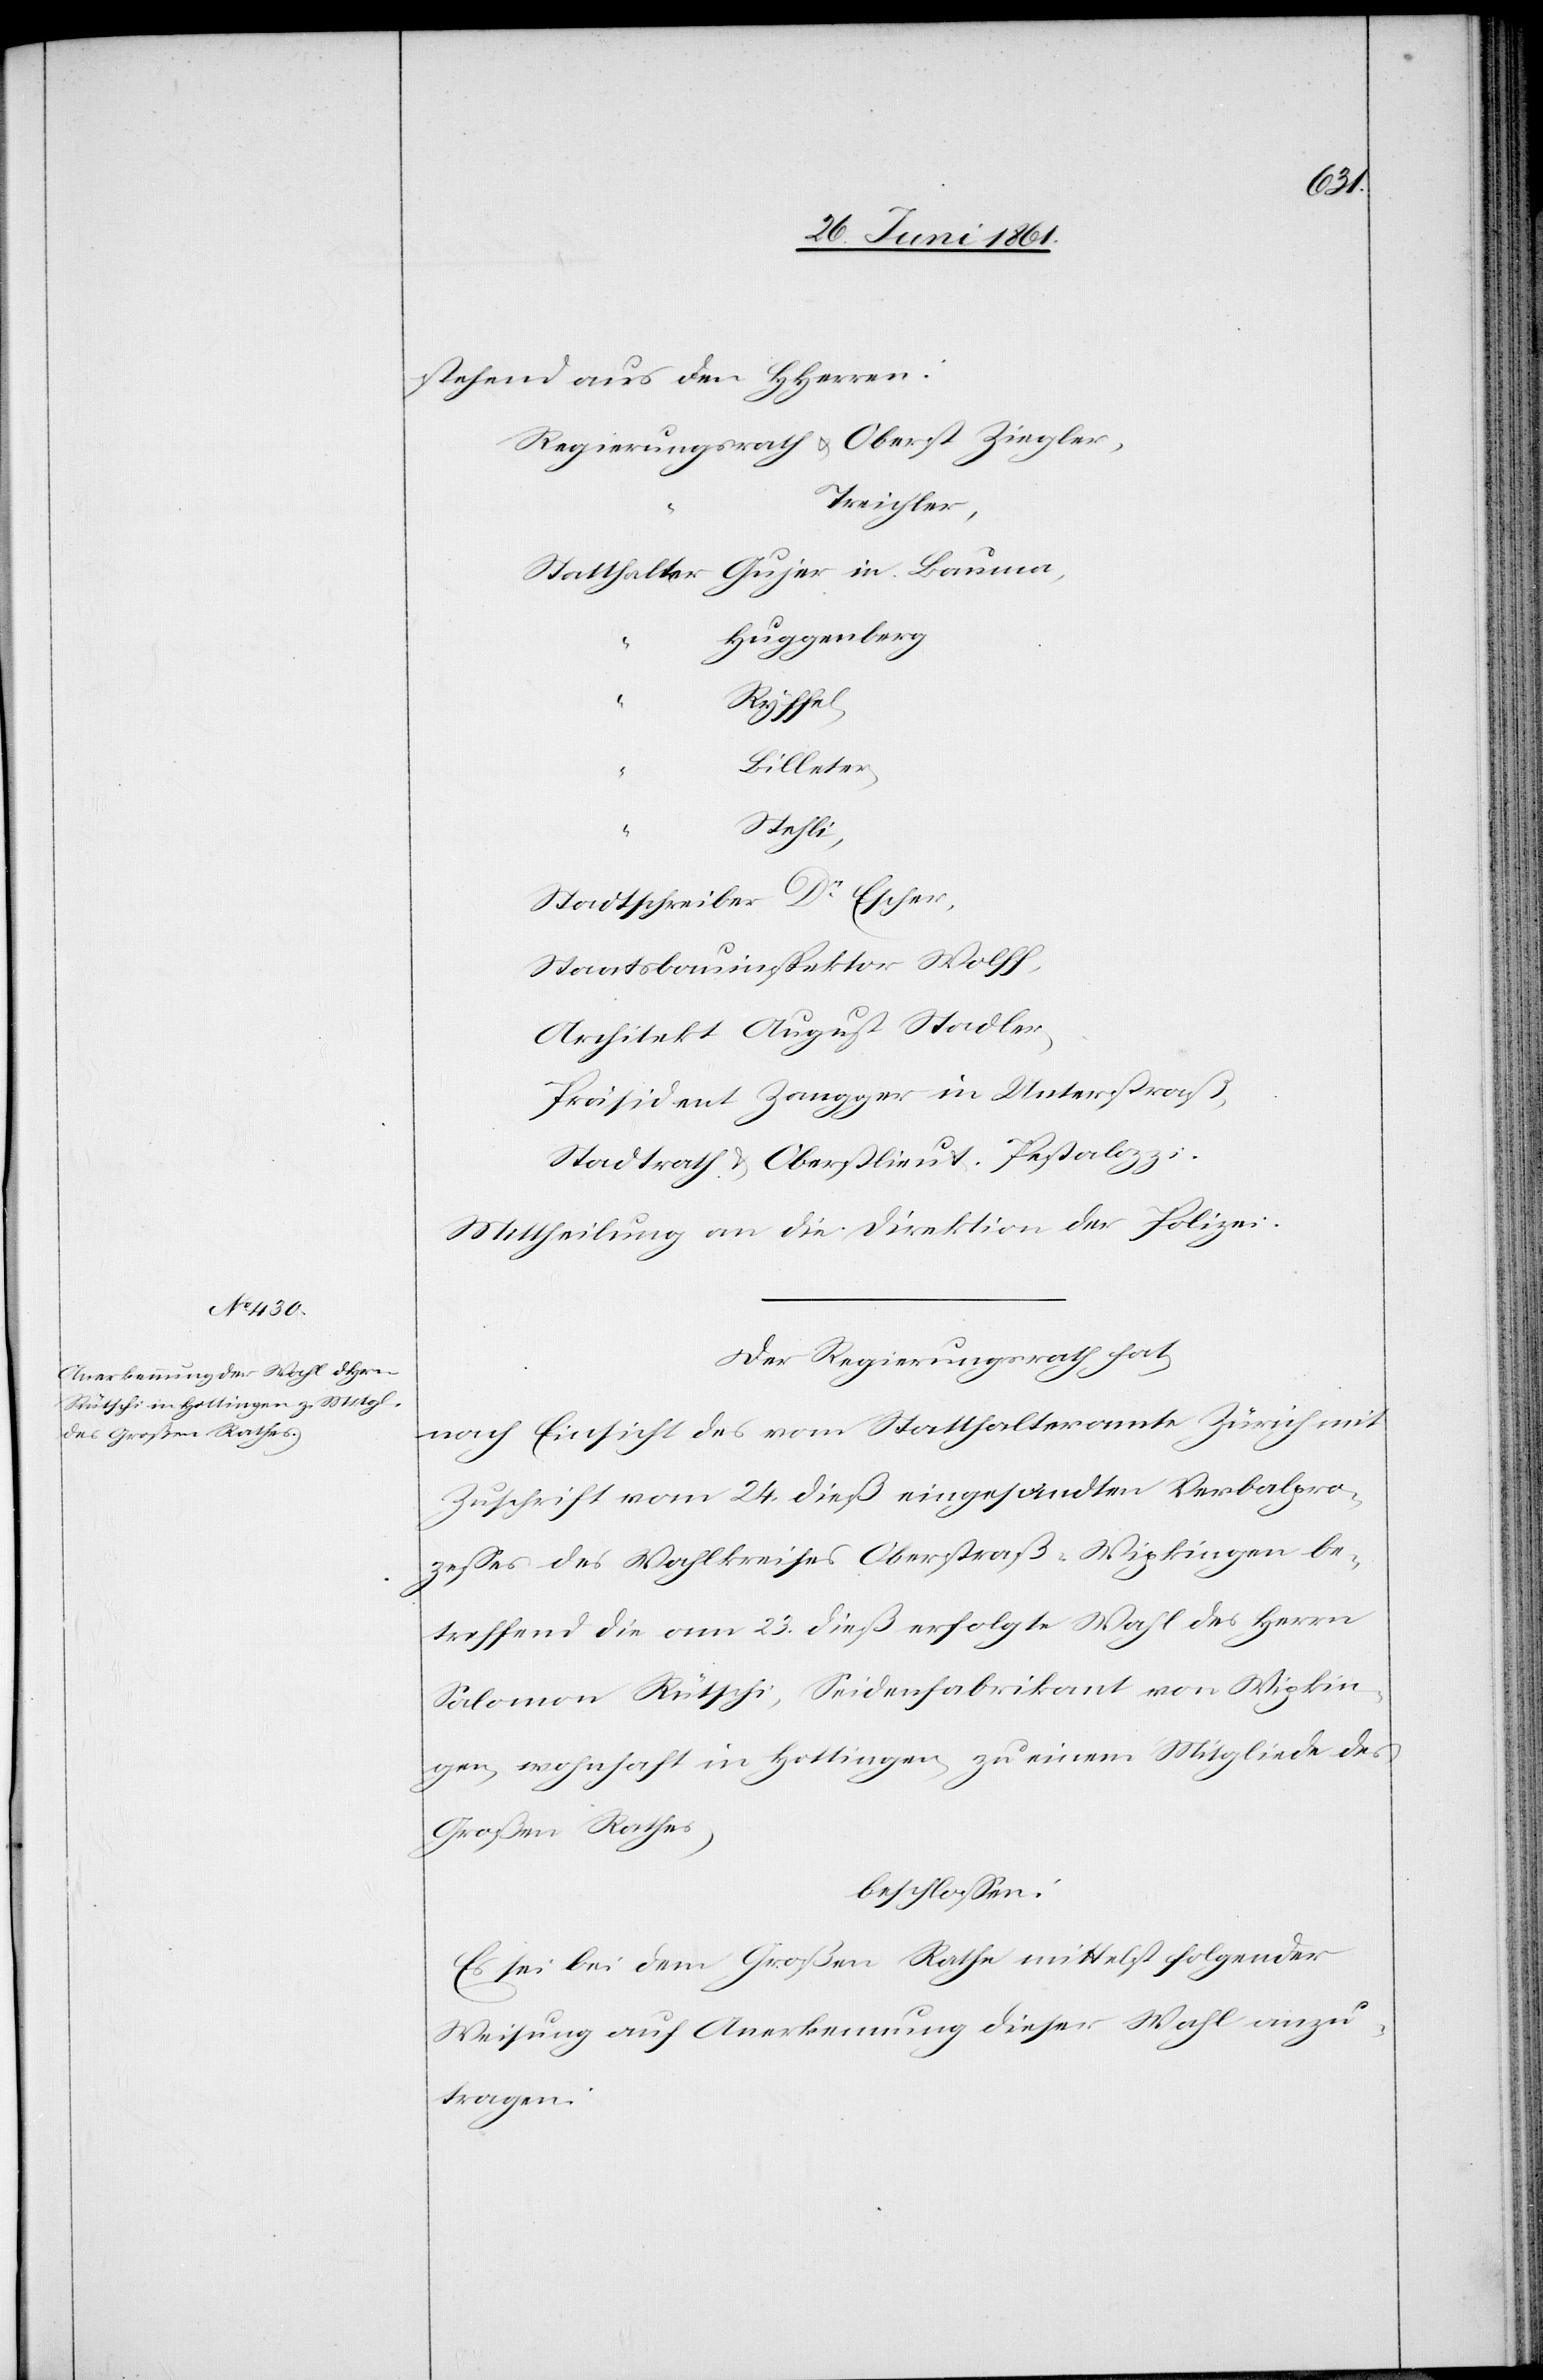
stehend aus den HHerren:
Treichler
Huggenberg
Ryffel,
Billeter,
u.
Stehli
Stadtschreiber Dr. Escher,
Staatsbauinspektor Wolff,
Architekt August Stadler,
Präsident Zangger in Unterstraß,
Stadtrath u. Oberstlieut. Pestalozzi
Mittheilung an die Direktion der Polizei.
Der Regierungsrath hat,
nach Einsicht des vom Statthalteramte Zürich mit
Zuschrift vom 24. dieß eingesandten Verbalpro¬
zesses des Wahlkreises Oberstraß-Wipkingen be¬
treffend die am 23. dieß erfolgte Wahl des Herrn
Salomon Rütschi, Seidenfabrikant von Wipkin¬
gen, wohnhaft in Hottingen, zu einem Mitgliede des
Großen Rathes,
beschlossen:
Es sei bei dem Großen Rathe mittelst folgender
Weisung auf Anerkennung dieser Wahl anzu¬
tragen.